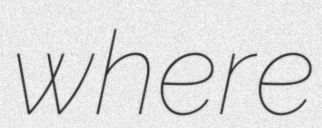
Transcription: where